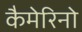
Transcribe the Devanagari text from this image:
कैमेरिनो